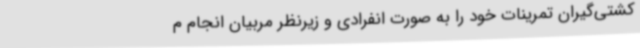
کشتی‌گیران تمرینات خود را به صورت انفرادی و زیرنظر مربیان انجام م